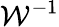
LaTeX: {\mathcal{W}}^{-1}